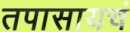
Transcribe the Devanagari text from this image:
तपासायचं